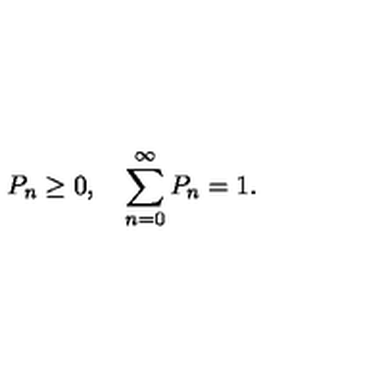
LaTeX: P _ { n } \ge 0 , \quad \sum _ { n = 0 } ^ { \infty } P _ { n } = 1 .